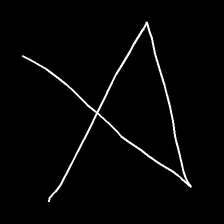
Glyph: collection